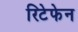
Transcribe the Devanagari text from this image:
रिटेफेन